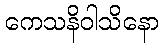
ကေသနိဝါသိနော